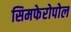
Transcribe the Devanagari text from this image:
सिमफेरोपोल